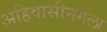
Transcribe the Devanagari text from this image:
अहिवासीनगला